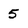
Character: 5